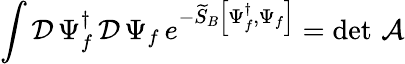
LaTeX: \int\mathcal{D}\, \Psi_{f}^{\dagger}\, \mathcal{D}\, \Psi_{f}\, e^{-\widetilde{S}_{B}\left[\Psi_{f}^{\dagger},\Psi_{f}\right]}=\operatorname*{det}\, \cal A